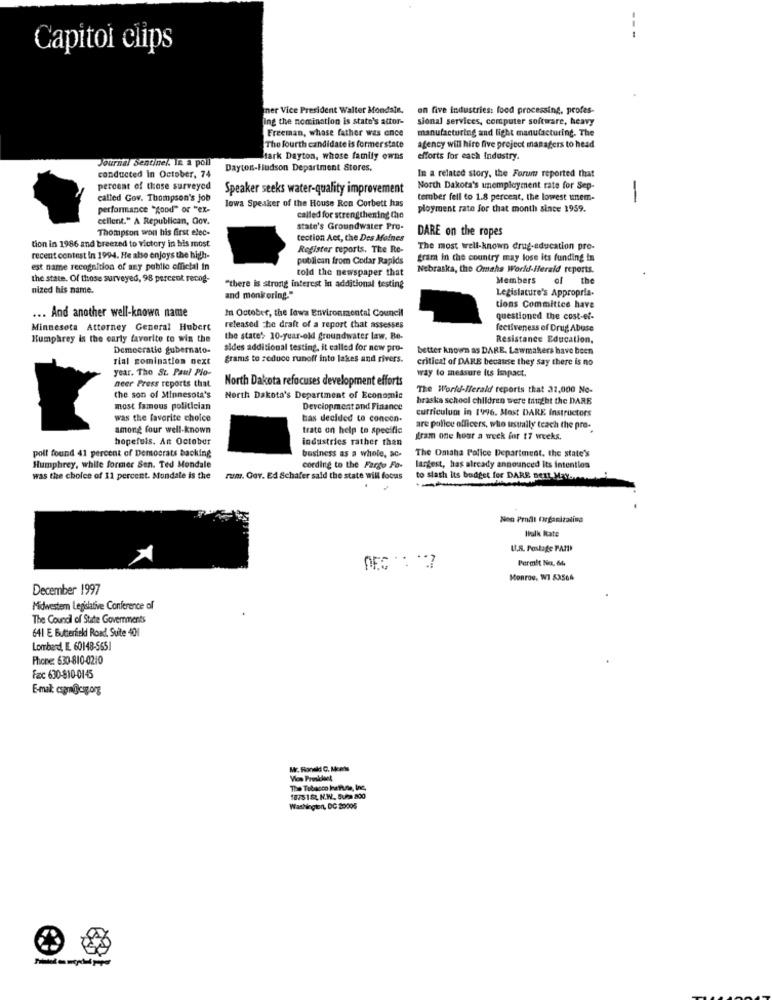
Capitol clips
iner Vice President Walter Mondale,
on five industries: food processing, profes-
ing the nomination is state's attor-
sional services, computer software, heavy
Freeman, whose father was once
manufacturing and light manufacturing. The
The fourth candidate is former state
agency will hire five project managers to head
Journal Sentinel In a poll
Hark Dayton, whose family owns
efforts for each Industry.
Dayton-Hudson Department Stores.
In a related story, the Forum reported that
conducted in October, 74
percent of those surveyed
Speaker seeks water-quality improvement
North Dakota's unemployment rate for Sep-
called Gov. Thompson's job
tember fell to 1.8 percent, the lowest unem-
-
performance "good" or "ex-
lowa Speaker of the House Ron Corbett has
ployment rate for that month since 1959.
cellent." A Republican, Gov.
called for strengthening the
Thompson won his first elec-
State's Groundwater Pro-
DARE on the ropes
tection Act, the Des Moines
tion in 1986 and breezed to victory in his most
Register reports. The Re-
The most well-known drug-education pro-
recent contest in 1994. He also enjoys the high-
publican from Cedar Rapids
gram in the country may lose its funding in
est name recognition of any public official in
told the newspaper that
Nebraska, the Omaha World-Herald reports.
the state. Of those surveyed, 98 percent recog-
Members
-
the
nized his name.
"there is strong interest in additional testing
Legislature's Appropria-
and monitoring."
In October, the lowa Environmental Council
tions Committee have
... And another well-known name
questioned the cost-ef-
Minnesota Attorney General Hubert
released The draft of a report that assesses
fectiveness of Drug Abuse
Humphrey is the carly favorite to win the
the state'> 10-year-old groundwater law. Be-
Resistance Education,
Democratie gubernato-
sides additional testing, it called for now pro-
better known as DARE. Lawmakers have been
rial nomination next
grams to reduce runoff into lakes and rivers.
critical of DARE because they say there is no
year. The St. Paul Pio-
way to measure its impact.
neer Press reports that
North Dakota refocuses development efforts
The World-Herald reports that 31,000 No-
the son of Minnesota's
North Dakota's Department of Economic
braska school children were taught the DARE
most famous politician
Derciopment and Finance
curriculum in 1996. Most DARE Instructors
was the favorite choice
bas decided to concon-
among four well-known
trate on help to specific
are police officers, who usually teach the pre-
hopefuls. An October
industries rather than
gram one hour a week for 17 weeks.
poll found 41 percent of Democrats backing
business as a whole, ac-
The Omaha Police Department, the state's
Humphrey, while former Sen. Ted Mondale
cording to the Fargo Fo-
largest, has already announced Its intention
was the choice of 11 percent. Mondate is the
rum. Gov. Ed Schafer said the state will focus
to slash its budget for DARE next Malar
---
Non Profit Organizaling
Ibulk kate
U.S. Postage PAID
Permit Na. 64
Monroe, W1 53506
December 1997
Midwestern Legislative Conference of
The Council of State Governments
641 E Butterfield Road. Suite 401
Lombard, IL. 60148-5651
Phone: 630-810-0210
Fac 630-810-0145
E-mail: cspmagicog.org
Mr. Ronald C. Meets
Vios Pronskloet
1875182, N.W. Sura 800
Washington, DC 20005